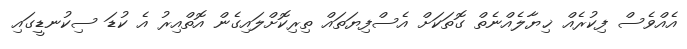
އެއްވެސް ފިކުރެއް ޚިޔާލެއްނެތް ގޮތަކަށް އެސްފިޔަތައް ތިރިކޮށްލައިގެން އޮތްއިރު އެ ކުޑަ ސިކުނޑީގައި